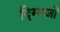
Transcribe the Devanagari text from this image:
दिग्‍गजों